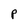
Character: P